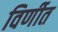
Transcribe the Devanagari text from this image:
विर्णीत